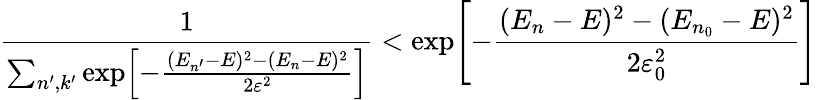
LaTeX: {\frac{1}{\sum_{n^{\prime},k^{\prime}}\exp\! \left[{-{\frac{(E_{n^{\prime}}-E)^{2}-(E_{n}-E)^{2}}{2\varepsilon^{2}}}}\right]}}<\exp\! \left[{-{\frac{(E_{n}-E)^{2}-(E_{n_{0}}-E)^{2}}{2\varepsilon_{0}^{2}}}}\right]